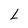
Character: L